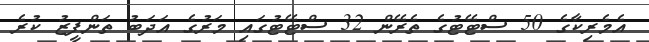
އެމެރިކާގެ 50 ސްޓޭޓުގެ ތެރޭން 32 ސްޓޭޓުގައި މަރުގެ އަދަބު ތަންފީޒު ކުރެ